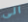
الى